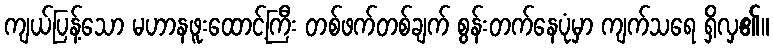
ကျယ်ပြန့်သော မဟာနဖူးထောင့်ကြီး တစ်ဖက်တစ်ချက် စွန်းတက်နေပုံမှာ ကျက်သရေ ရှိလှ၏။